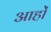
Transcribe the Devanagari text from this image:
आहों